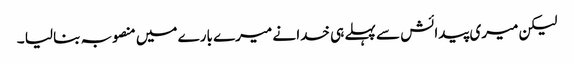
لیکن میری پیدائش سے پہلے ہی خدا نے میرے بارے میں منصوبہ بنا لیا ۔